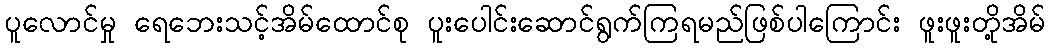
ပူလောင်မှု ရေဘေးသင့်အိမ်ထောင်စု ပူးပေါင်းဆောင်ရွက်ကြရမည်ဖြစ်ပါကြောင်း ဖူးဖူးတို့အိမ်